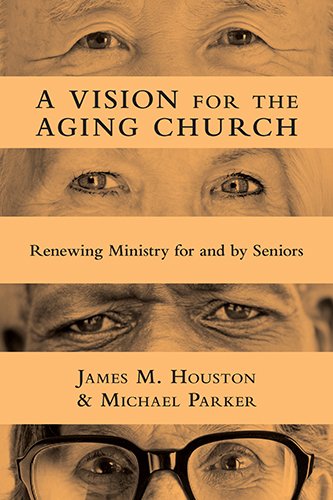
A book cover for A Vision for the Aging Church: Renewing Ministry for and by Seniors; James M. Houston; Christian Books & Bibles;